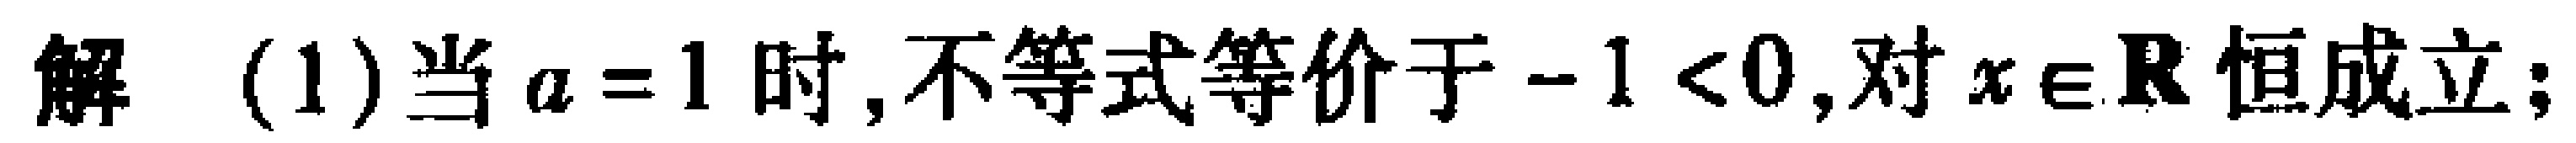
解 (1) 当 \(a = 1\) 时, 不等式等价于 \(-1 < 0\), 对 \(x \in \mathbf{R}\) 恒成立;